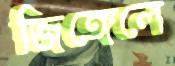
জিঙ্গেলে